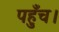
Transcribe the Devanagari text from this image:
पहुँच।